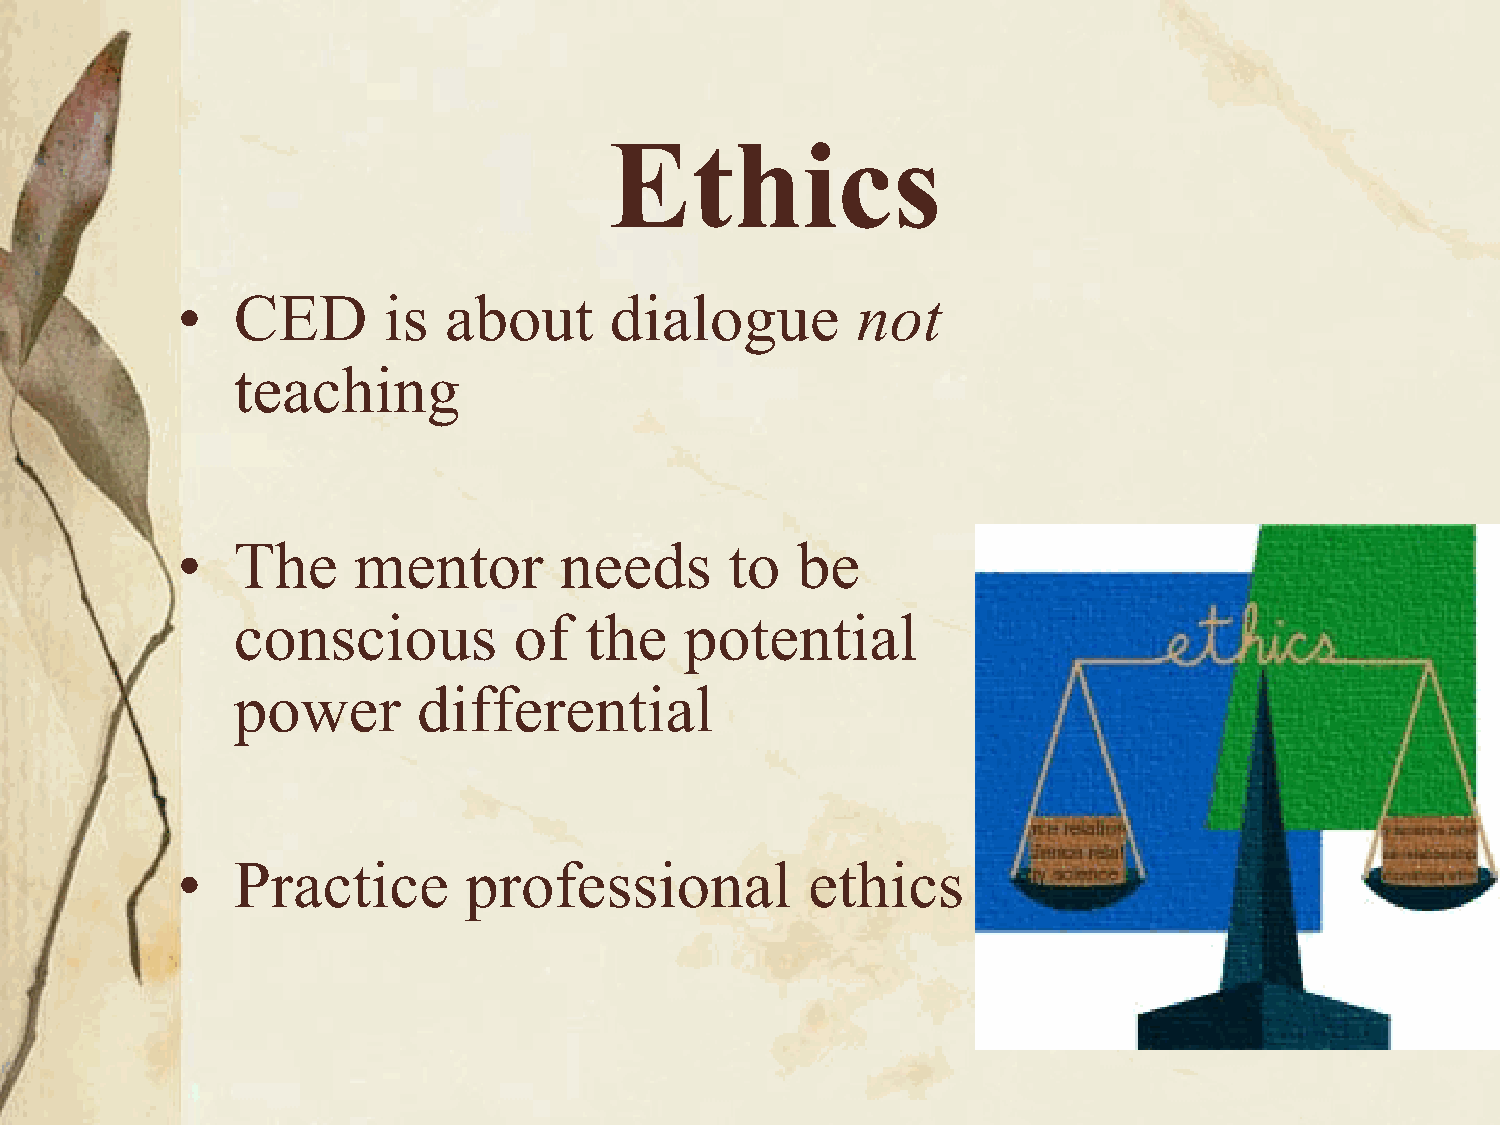
Ethics
 •  CED       is  about      dialogue         not
 teaching
 •  The     mentor        needs      to   be
 conscious          of   the   potential
 power        differential
 •  Practice        professional          ethics